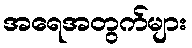
အရေအတွက်များ